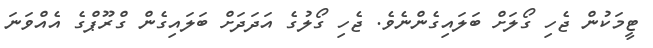
ޓީމަކުން ޖެހި ގޯލަށް ބަލައިގެންނެވެ. ޖެހި ގޯލުގެ އަދަދަށް ބަލައިގެން ގްރޫޕްގެ އެއްވަނަ